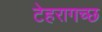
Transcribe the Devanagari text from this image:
टेहरागच्छ